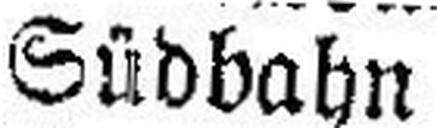
Südbahn